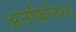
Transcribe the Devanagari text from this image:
अनफिनिश्ड